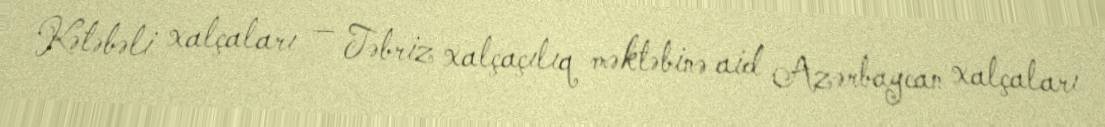
Kətəbəli xalçaları — Təbriz xalçaçılıq məktəbinə aid Azərbaycan xalçaları